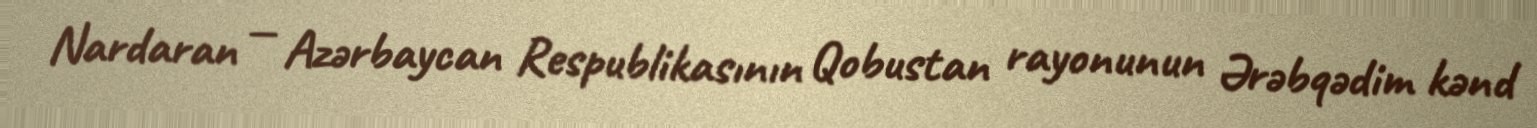
Nardaran — Azərbaycan Respublikasının Qobustan rayonunun Ərəbqədim kənd